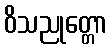
ဝိသညုတ္တော